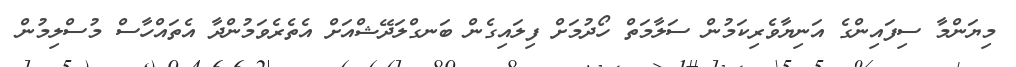
މިޔަންމާ ސިފައިންގެ އަނިޔާވެރިކަމުން ސަލާމަތް ހޯދުމަށް ފިލައިގެން ބަނގްލަދޭޝްއަށް އެތެރެވަމުންދާ އެތައްހާސް މުސްލިމުން